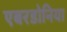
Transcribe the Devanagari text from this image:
एबरडोनिया